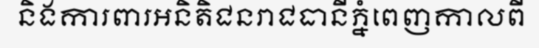
និងការពារអនិតិជនរាជធានីភ្នំពេញកាលពី